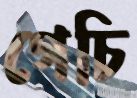
গেচি